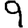
Digit: 9